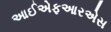
આઈએફઆરએસ